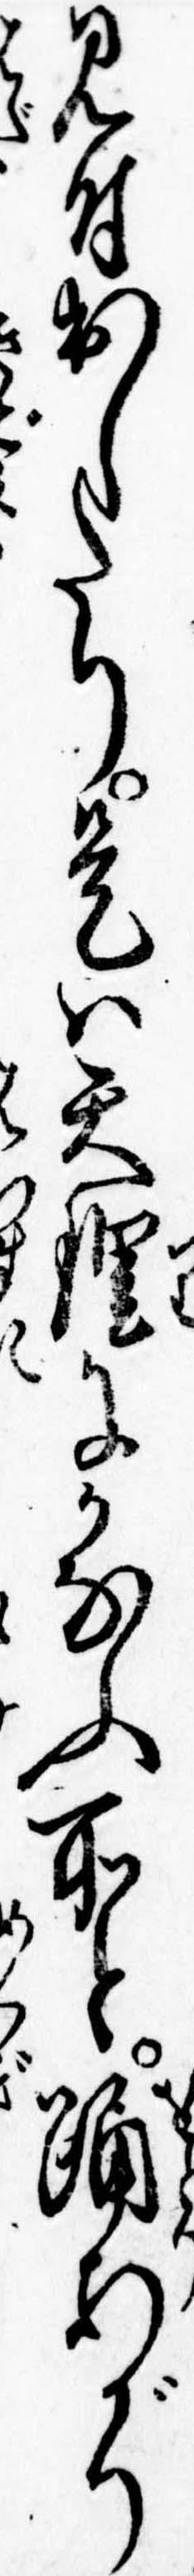
見付出したり是は天理にかなふ所と踊あがり